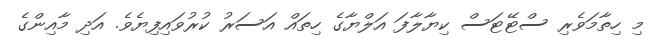
މި ހިތާމަވެރި ސްޓޭޓަސް ކިޔާލާފަ އަލްޔާގެ ހިތައް އަސަރު ކުރުވައިފިޔެވެ. އަދި މާއިންގެ